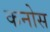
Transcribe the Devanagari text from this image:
कनोस